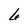
Character: 6